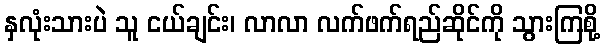
နှလုံးသားပဲ သူ ငယ်ချင်း၊ လာလာ လက်ဖက်ရည်ဆိုင်ကို သွားကြစို့